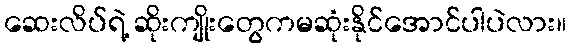
ဆေးလိပ်ရဲ့ ဆိုးကျိုးတွေကမဆုံးနိုင်အောင်ပါပဲလား။